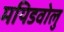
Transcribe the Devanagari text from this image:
मयिडवोलु